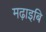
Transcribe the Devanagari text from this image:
मढ़ाइबि